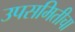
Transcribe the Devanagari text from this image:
उपसमितीचा